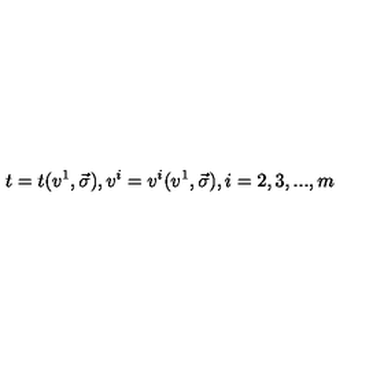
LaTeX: t = t ( v ^ { 1 } , \vec { \sigma } ) , v ^ { i } = v ^ { i } ( v ^ { 1 } , \vec { \sigma } ) , i = 2 , 3 , . . . , m